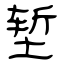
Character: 堑